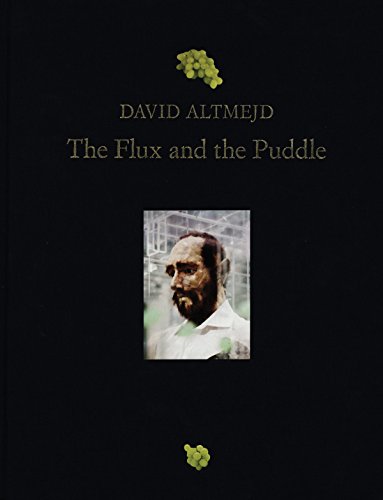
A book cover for David Altmejd: The Flux and the Puddle; Anne Prentnieks; Arts & Photography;